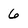
Character: 6